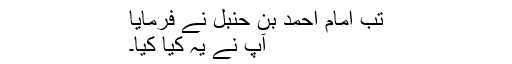
تب امام احمد بن حنبل نے فرمایا
آپ نے یہ کیا کیا۔